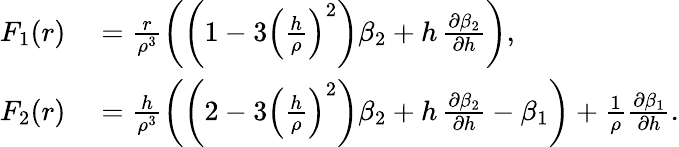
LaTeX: \begin{array}{rl}{F_{1}(r)}&{{}=\frac{r}{\rho^{3}}\left(\left(1-3\left(\frac{h}{\rho}\right)^{2}\right)\beta_{2}+h\, \frac{\partial\beta_{2}}{\partial h}\right),}\\ {F_{2}(r)}&{{}=\frac{h}{\rho^{3}}\left(\left(2-3\left(\frac{h}{\rho}\right)^{2}\right)\beta_{2}+h\, \frac{\partial\beta_{2}}{\partial h}-\beta_{1}\right)+\frac{1}{\rho}\frac{\partial\beta_{1}}{\partial h}.}\end{array}